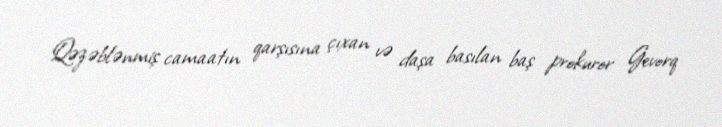
Qəzəblənmiş camaatın qarşısına çıxan və daşa basılan baş prokuror Gevorq